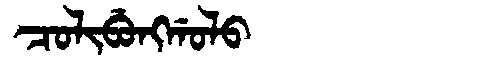
Manchu: ᠴᠣᠯᡳᠪᡠᠩᡤᠣᠯᠣ
Romanization: COLIBUNGGOLO